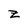
Character: z